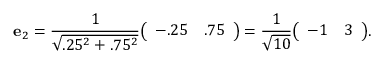
\mathbf { e } _ { 2 } = { \frac { 1 } { \sqrt { . 2 5 ^ { 2 } + . 7 5 ^ { 2 } } } } { \left( \begin{array} { l l } { - . 2 5 } & { . 7 5 } \end{array} \right) } = { \frac { 1 } { \sqrt { 1 0 } } } { \left( \begin{array} { l l } { - 1 } & { 3 } \end{array} \right) } .